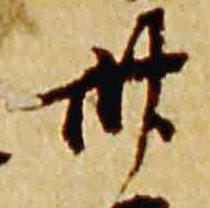
卅